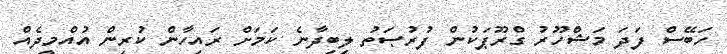
ހަބޭސް ފަދަ މަޝްހޫރު ގްރޫޕަކުން ފުރުޞަތު ލިބިދާނެ ކަމަށް ރައިހާން ކުރިން އުއްމީދެއް